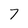
Character: 7